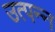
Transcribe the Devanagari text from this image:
उत्‍पन्‍न्‍ा